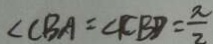
\angle C B A = \angle C B D = \frac { \pi } { 2 }